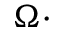
\Omega \cdot